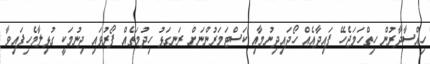
ހިއްސާދާރުން ހިތްހަމަޖެހޭ ފައިދާއެއް ހޯދައިދިނުމާއި ކަސްޓަމަރުންނަށް ރަނގަޅު ހިދުމަތެއް ފޯރުވައި ދިނުމަކީ ގުޅިލާމެހިފައިވާ